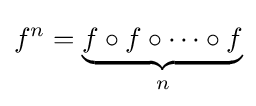
f^{n}=\underbrace {f\circ f\circ \cdots \circ f} _{n}